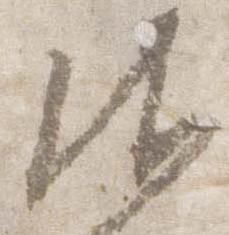
御